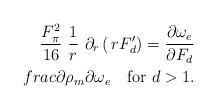
LaTeX: \begin{align*}\frac{F_\pi^2}{16}\ \frac{1}{r}\,\,\partial_r \left( \, rF'_d \right) =\frac{\partial \omega_e}{\partial F_d}\\frac{\partial \rho_m}{\partial \omega_e}\quad\mbox{for $d>1$.}\end{align*}